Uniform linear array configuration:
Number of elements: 48
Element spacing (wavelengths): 1
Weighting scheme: uniform
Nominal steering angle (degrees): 45
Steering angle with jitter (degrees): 43.938
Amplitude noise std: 0.05
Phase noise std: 0.05

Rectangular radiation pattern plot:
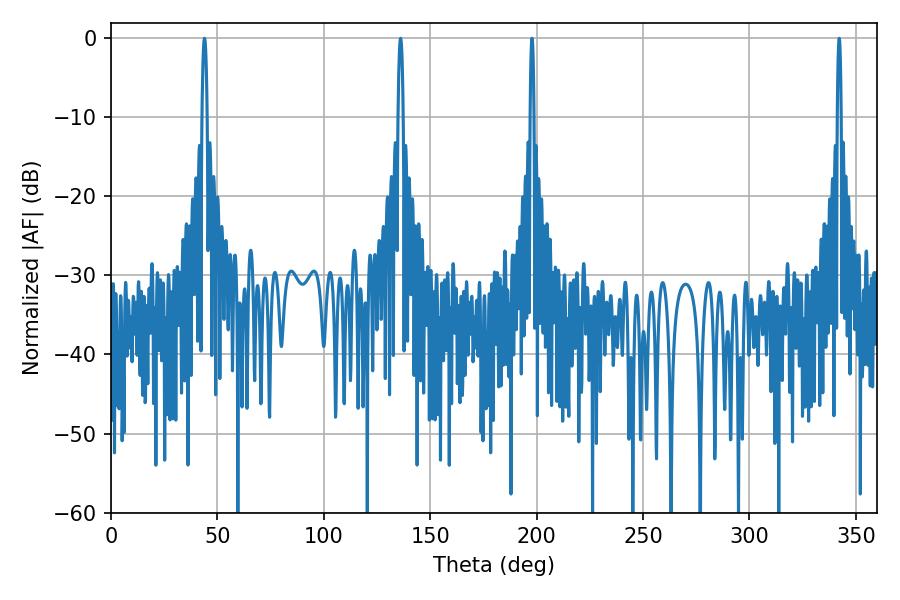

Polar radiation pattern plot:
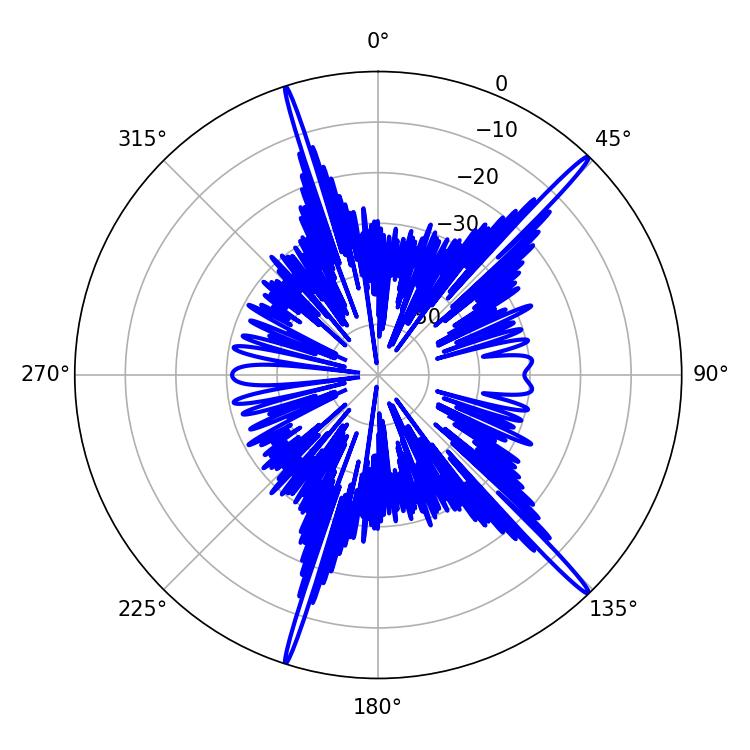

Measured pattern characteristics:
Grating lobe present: TRUE
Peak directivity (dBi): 18.739
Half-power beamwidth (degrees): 1.44
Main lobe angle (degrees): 43.92